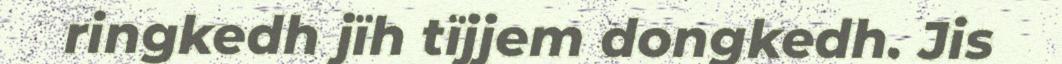
ringkedh jïh tïjjem dongkedh. Jis